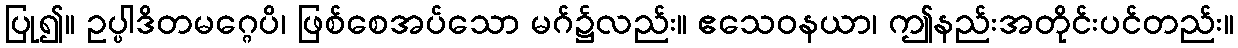
ပြု၍။ ဥပ္ပါဒိတမဂ္ဂေပိ၊ ဖြစ်စေအပ်သော မဂ်၌လည်း။ ဧသေဝနယာ၊ ဤနည်းအတိုင်းပင်တည်း။